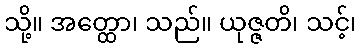
သို့။ အတ္ထော၊ သည်။ ယုဇ္ဇတိ၊ သင့်၊